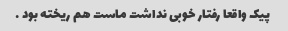
پیک واقعا رفتار خوبی نداشت ماست هم ریخته بود …